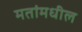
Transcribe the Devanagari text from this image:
मतांमधील